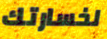
لخسارتك